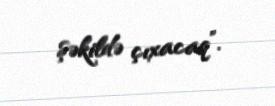
şəkildə çıxacaq”.